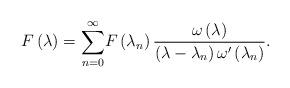
LaTeX: \begin{align*}F\left( \lambda \right) =\overset{\infty }{\underset{n=0}{\sum }}F\left(\lambda _{n}\right) \frac{\omega \left( \lambda \right) }{\left( \lambda-\lambda _{n}\right) \omega ^{\prime }\left( \lambda _{n}\right) }. \end{align*}